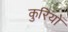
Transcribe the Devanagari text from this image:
कुरियों